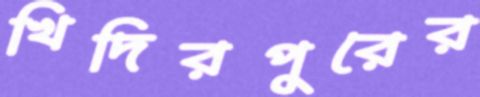
খিদিরপুরের